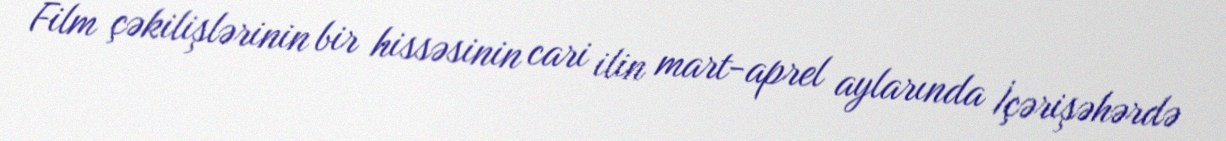
Film çəkilişlərinin bir hissəsinin cari ilin mart-aprel aylarında İçərişəhərdə